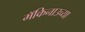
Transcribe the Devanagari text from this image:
मॅकिनाउच्या